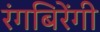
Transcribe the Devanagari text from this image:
रंगबिरेंगी